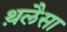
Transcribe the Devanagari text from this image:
थ़लैसा